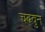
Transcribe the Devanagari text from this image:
चढवुन